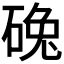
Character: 𱴒